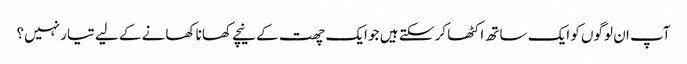
آپ ان لوگوں کو ایک ساتھ اکٹھا کر سکتے ہیں جو ایک چھت کے نیچے کھانا کھانے کے لیے تیار نہیں؟